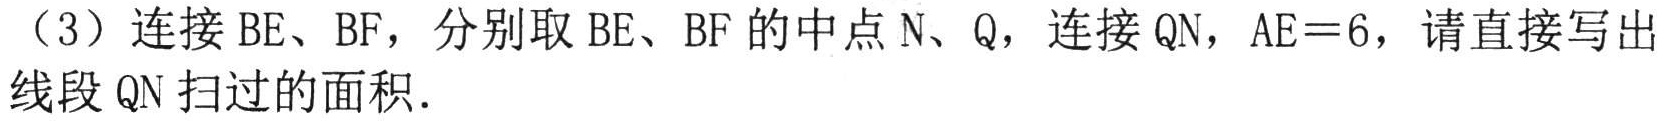
（3）连接 \(BE、BF\)，分别取 \(BE、BF\) 的中点 \(N、Q\)，连接 \(QN\)，\(AE = 6\)，请直接写出线段 \(QN\) 扫过的面积．